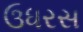
ઉધરસ